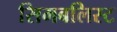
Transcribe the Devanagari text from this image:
सिमबलिस्ट